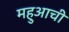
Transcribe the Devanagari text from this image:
महुआची